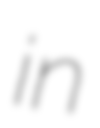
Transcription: in